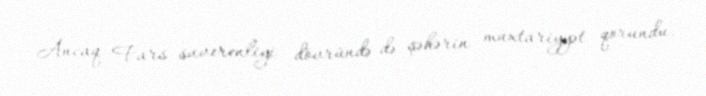
Ancaq Fars suverenliyi dövründə də şəhərin muxtariyyət qorundu.